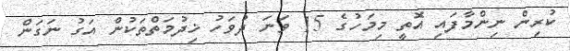
ކުރިން ނިންމާފައި އޮތީ މިމަހުގެ 15 ވަނަ ދުވަހު ޚިދުމަތްތަކުން އަގު ނަގަން